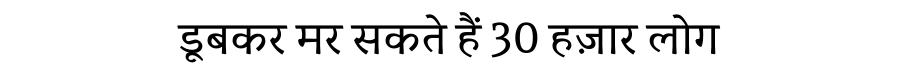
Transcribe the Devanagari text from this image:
डूबकर मर सकते हैं 30 हज़ार लोग